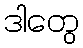
ဒါတွေ